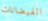
الفيضانات